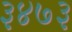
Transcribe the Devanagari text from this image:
३४७३